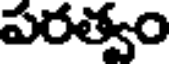
పరత్వం